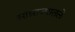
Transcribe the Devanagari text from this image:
साम्राज्यातले